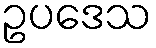
ဥပဒေသ